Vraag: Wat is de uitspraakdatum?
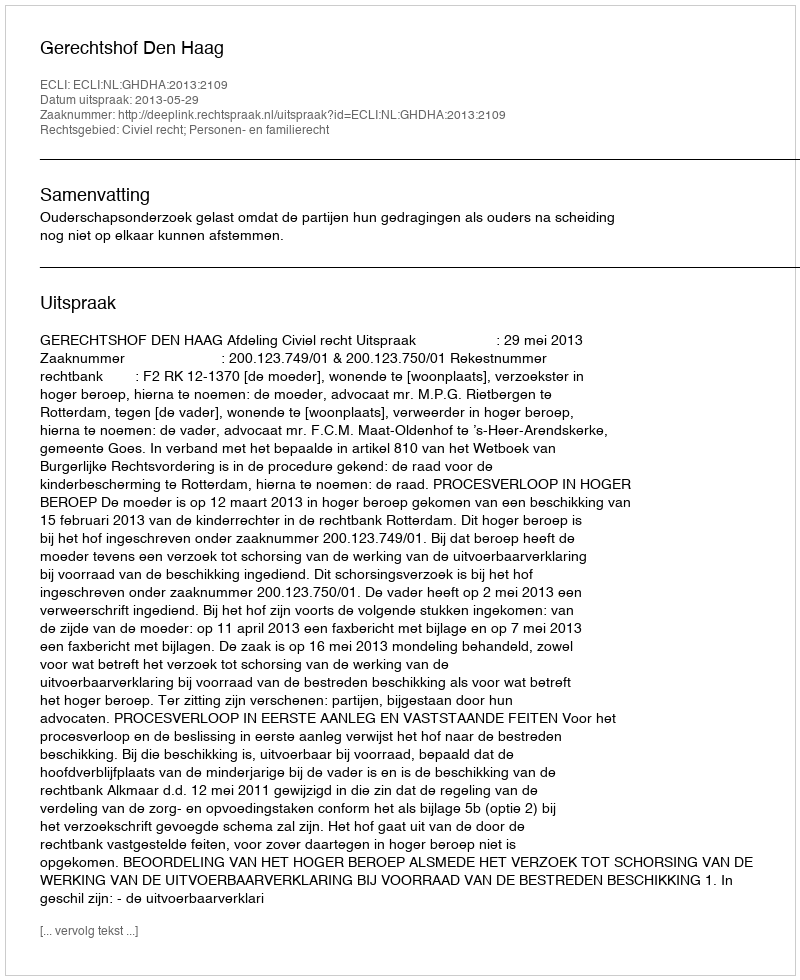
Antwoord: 2013-05-29